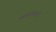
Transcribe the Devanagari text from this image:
प्रहसनकारों